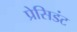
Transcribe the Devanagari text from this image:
प्रेसिडंट